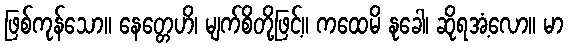
ဖြစ်ကုန်သော။ နေတ္တေဟိ၊ မျက်စိတို့ဖြင့်။ ကထေမိ နုခေါ၊ ဆိုရအံ့လော။ မာ